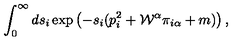
\int _ { 0 } ^ { \infty } d s _ { i } \exp \left( - s _ { i } ( p _ { i } ^ { 2 } + { \cal W } ^ { \alpha } \pi _ { i \alpha } + m ) \right) ,